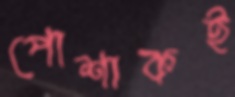
পোশাকই